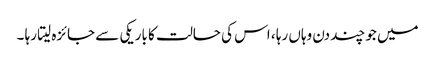
میں جو چند دن وہاں رہا ، اس کی حالت کا باریکی سے جائزہ لیتا رہا ۔